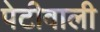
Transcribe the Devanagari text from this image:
पेटीवाली